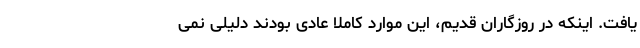
یافت. اینکه در روزگاران قدیم، این موارد کاملا عادی بودند دلیلی نمی